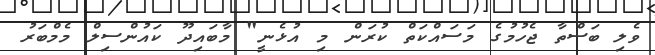
ވެލި ބަސްތާ ޖެހުމުގެ މަސައްކަތް ކުރަން މި އުޅެނީ" މާބައިދޫ ކައުންސިލް މެމްބަރު